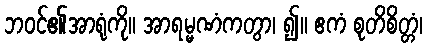
ဘဝင်၏အာရုံကို။ အာရမ္မဏံကတွာ၊ ၍။ ဧကံ စုတိစိတ္တံ၊